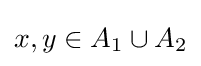
x,y\in A_{1}\cup A_{2}